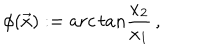
\phi ( \vec { x } ) : = a r c \, t a n { \frac { x _ { 2 } } { x _ { 1 } } } \, ,